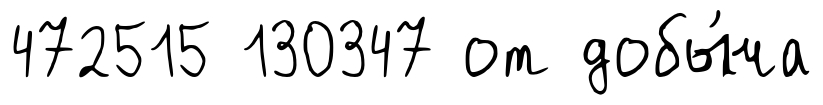
472515 130347 от добы́ча